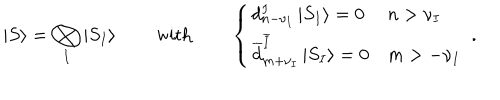
\left| S \right\rangle = \bigotimes _ { I } \left| S _ { I } \right\rangle \qquad \mathrm { w i t h } \qquad \left\{ \begin{array} { l l } { { d _ { n - \nu _ { I } } ^ { I } \left| S _ { I } \right\rangle = 0 } } & { { n > \nu _ { I } } } \\ { { \overline { { { d } } } _ { m + \nu _ { I } } ^ { \overline { { { I } } } } \left| S _ { I } \right\rangle = 0 } } & { { m > - \nu _ { I } } } \\ \end{array} \right. ~ .